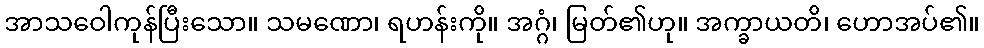
အာသဝေါကုန်ပြီးသော။ သမဏော၊ ရဟန်းကို။ အဂ္ဂံ၊ မြတ်၏ဟု။ အက္ခာယတိ၊ ဟောအပ်၏။